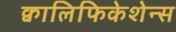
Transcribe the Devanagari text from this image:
क्वालिफिकेशेन्स